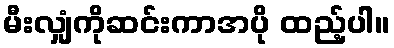
မီးလျှံကိုဆင်းကာအပို ထည့်ပါ။